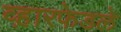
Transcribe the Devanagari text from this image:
व्ह़ारफेडले